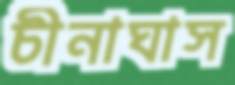
চীনাঘাস